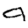
Digit: 9